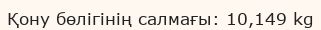
Қону бөлігінің салмағы: 10,149 kg